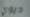
ديوي